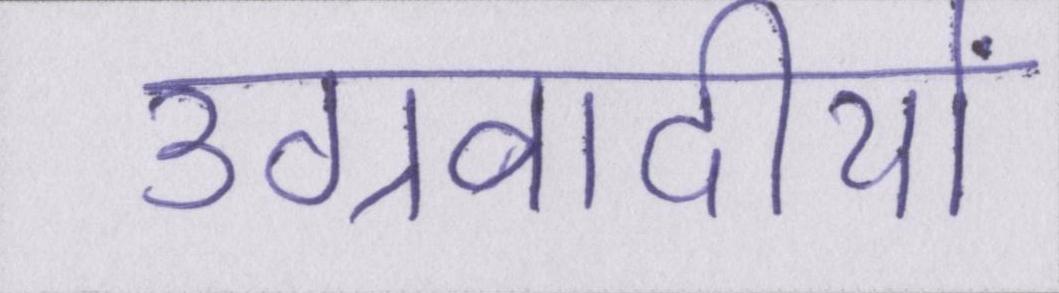
उग्रवादीयों